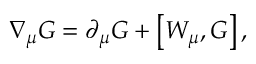
\nabla _ { \mu } G = \partial _ { \mu } G + \left[ W _ { \mu } , G \right] ,